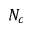
N _ { c }